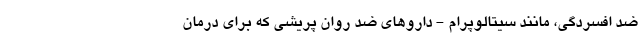
ضد افسردگی، مانند سیتالوپرام - داروهای ضد روان پریشی که برای درمان